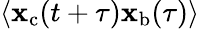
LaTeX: \langle\mathbf{x}_{\mathrm{{c}}}(t+\tau)\mathbf{x}_{\mathrm{{b}}}(\tau)\rangle